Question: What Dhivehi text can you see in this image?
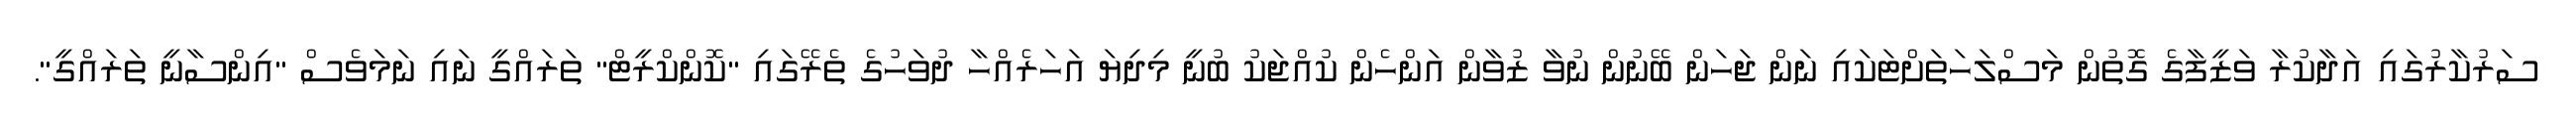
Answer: ސަރުކާރުގައި އަދާކުރާ ވަޒީފާގެ ގޮތުން މަސްލަހަތަށްޓަކައި ނަން ޖަހަން ބޭނުން ނުވާ ޒުވާން އަންހެން ކުއްޖަކު ބުނީ މިދިޔަ އަހަރެއްހާ ދުވަހުގެ ތެރޭގައި "ކޮންކްރީޓް" ތަރައްގީ ނައި ނަމަވެސް "އިންސާނީ ތަރައްގީ".